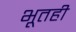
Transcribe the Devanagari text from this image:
भूतही